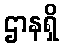
ဌာနရှိ